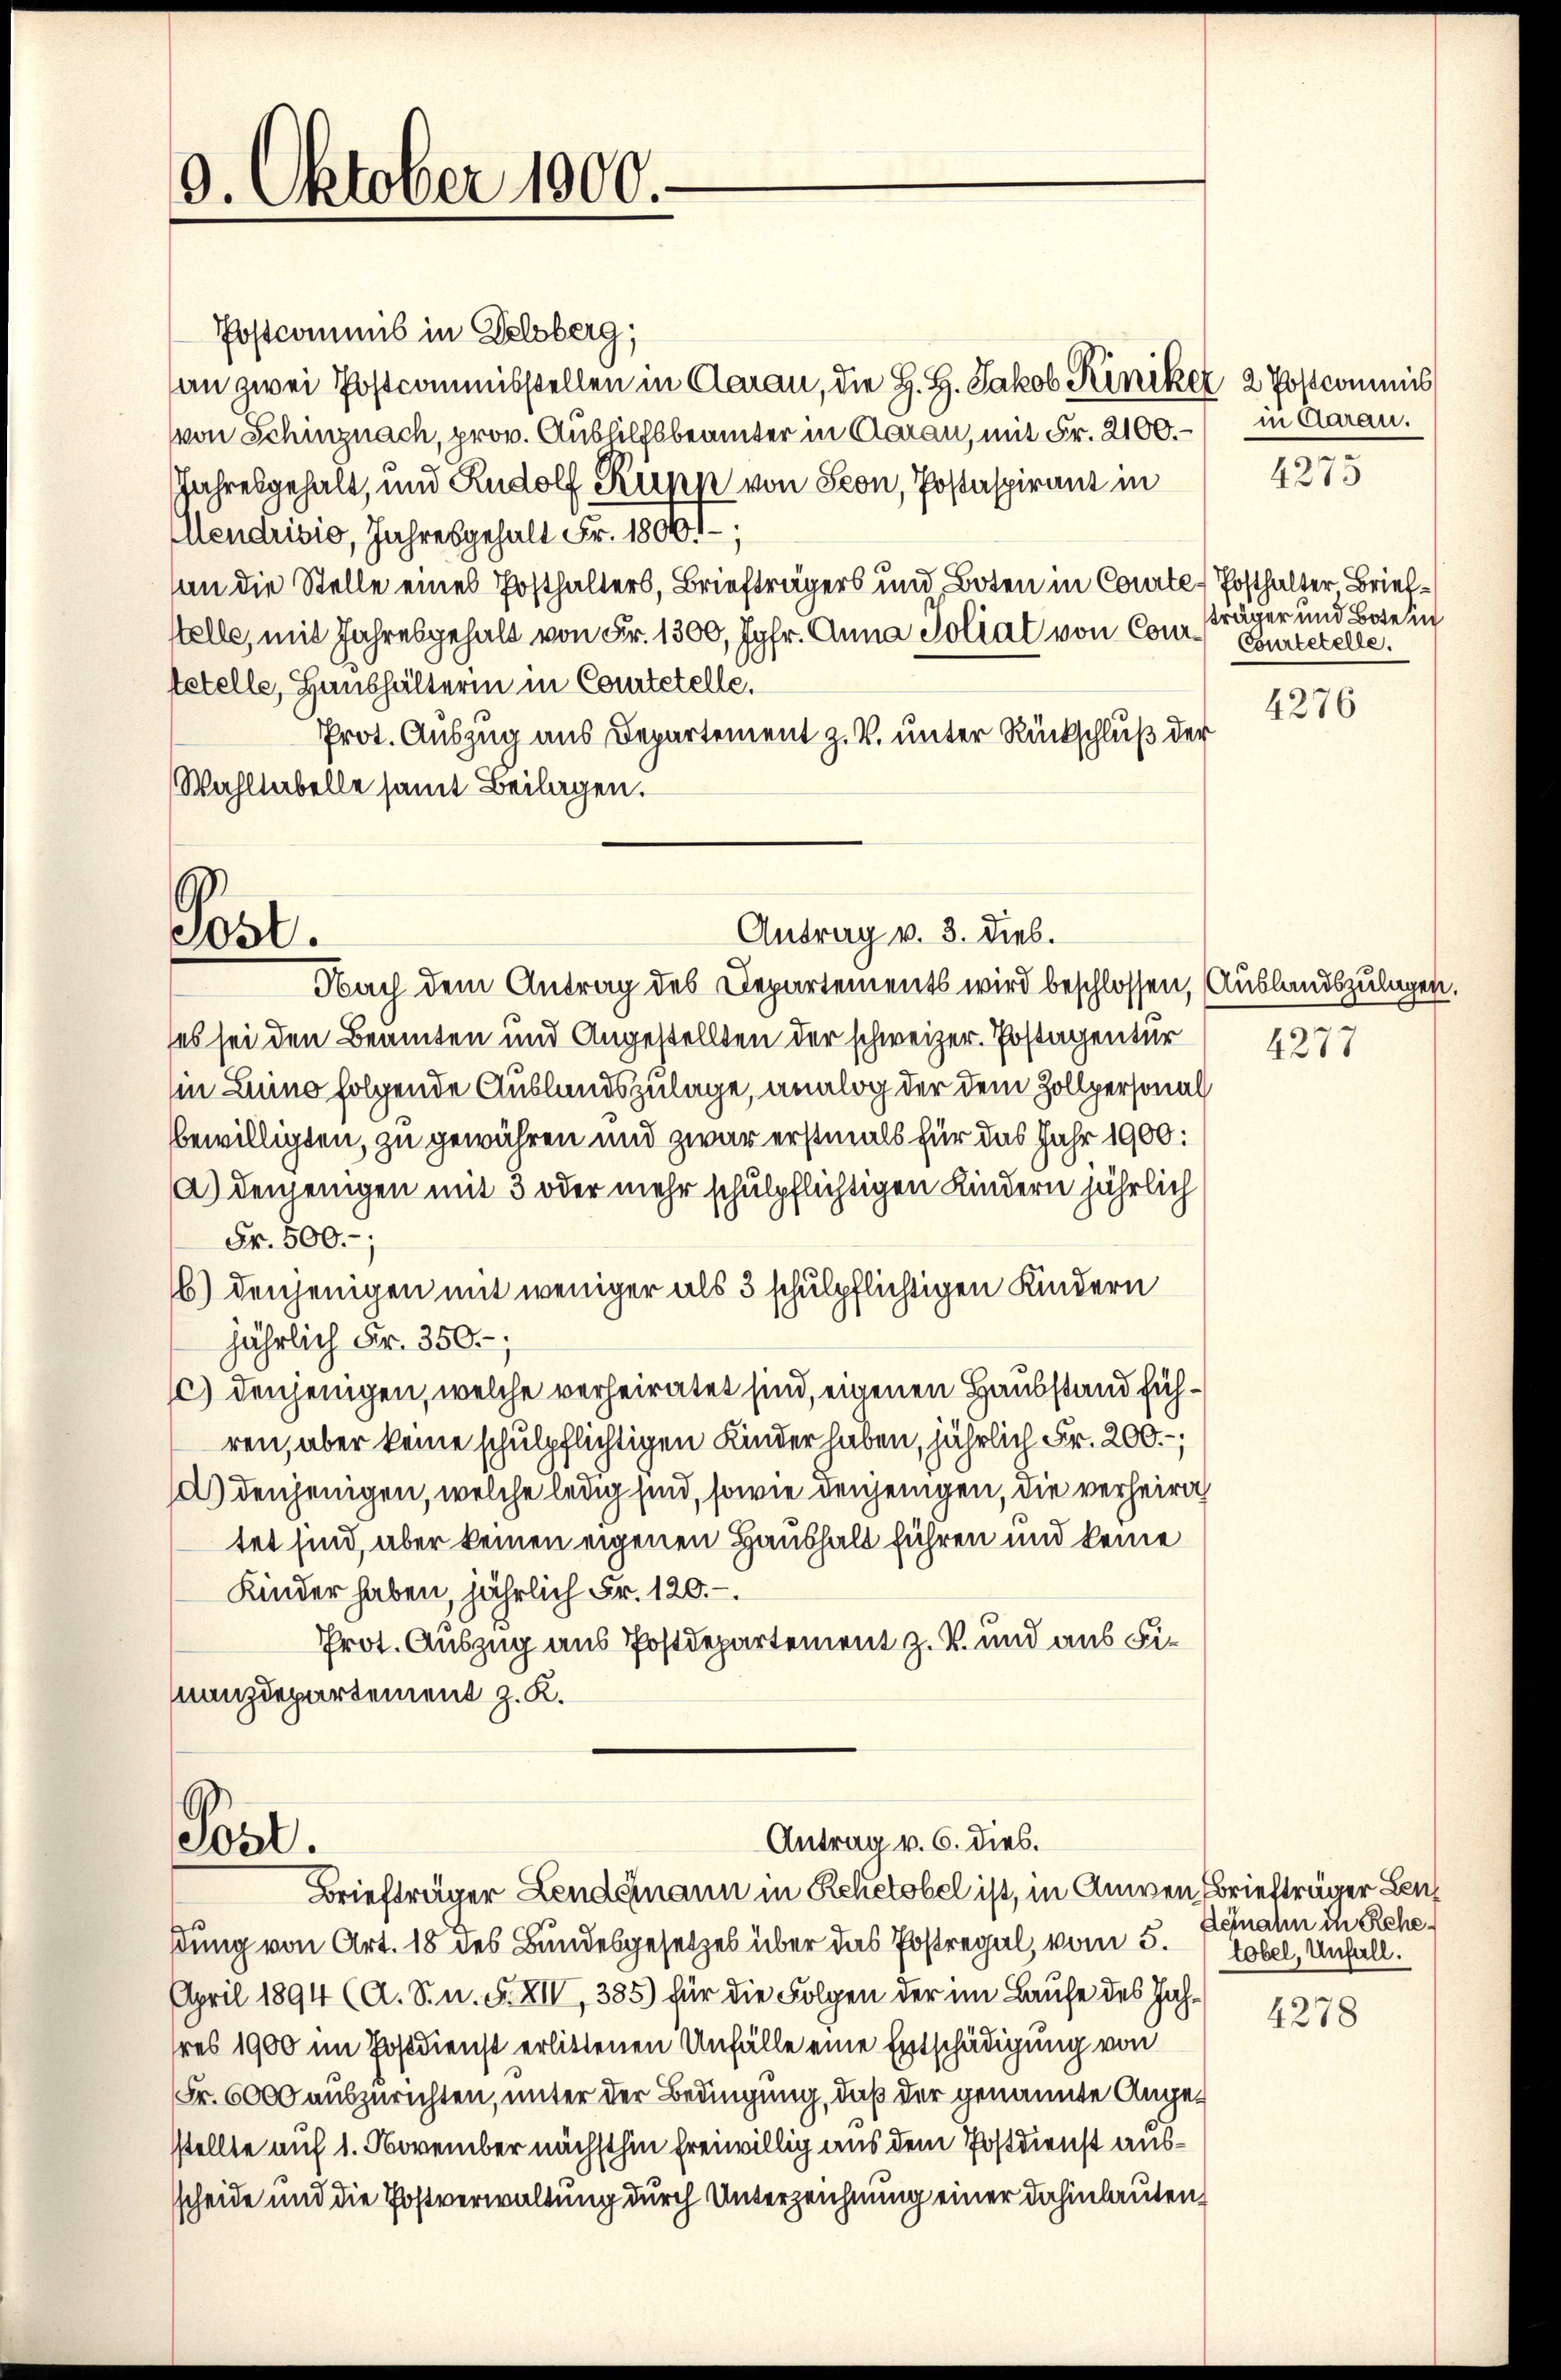
9. Oktober 1900.

Post.

Pöst.

Postcommis in Delsberg;
an zwei Postcommisstellen in Aarau, die H. H. Jakob Kiniker 2 Postcommis
von Schinznach, prov. Aushilfsbeamter in Aarau, mit Fr. 2100.- in Aarau.
Jahresgehalt, und Rudolf Rupp von Seon, Postaspirant in
Mendrisio, Jahresgehalt Fr. 18061;
an die Stelle eines Posthalters, Briefträgers und Boten in Courte Posthalter, Briefstelle, mit Jahresgehalt von Fr. 1300, Jgfr. Anna Poliat von Cour- Gartetelle.
tetelle, Haushälterin in Courtetelle.
Prot. Auszug aus Departement z. B. unter Rückschluß der
Wahltabelle samt Beilagen.

Antrag v. 3. Dieb.
Nach dem Antrag des Departements wird beschlossen, Auslandszulagen,
es sei den Beamten und Angestellten der schweizer. Postagentur
in Luino folgende Auslandszulage, analog der dem Zollpersonal
bewilligten, zu gewähren und zwar erstmals für das Jahr 1900:
a) denjenigen mit 3 oder mehr schulpflichtigen Kindern jährlich
Fr. 500.-,
6) denjenigen mit weniger als 3 schulpflichtigen Kindern
jährlich Fr. 350.;
1) denjenigen, welche verheiratet sind, eigenen Hausstand führen, aber keine schulpflichtigen Kinder haben, jährlich Fr. 200.-,
d) denjenigen, welche ledig sind, sowie denjenigen, die verheirich
tet sind, aber keinen eigenen Haushalt führen und keine
Kinder haben, jährlich Fr. 120.–.
Prot. Auszug aus Postdepartement z. B. und aus Fi¬
Mnanzdepartement z. K.

Antrag v. 6. dies.

Briefträger Lendemann in Reketobel ist, in Anwen Briefträger Ben
dung von Art. 18 des Bundesgesetzes über das Postregal, vom 5. Tobel, Unfall.
April 1894 (A. S. n. F. XIV, 385) für die Folgen der im Laufe des Jahres 1900 im Postdienst erlittenen Unfälle eine Entschädigung von
Fr. 6000 auszurichten, unter der Bedingung, daß der genannte Angestellte auf 1. November nächsthin freiwillig aus dem Postdienst aussscheide und die Postverwaltung durch Unterzeichnung einer dahinlauten,

4273

träger und Bote in

4276

4277

Aehahn in Rehe¬

4278